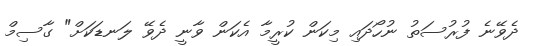
ދެވޭނެ ފުރުސަތު ނުހޯދައި މިކަން ކުރީމާ އެކަން ވާނީ ދެވޭ ލަނޑަކަށް" ގާސިމް